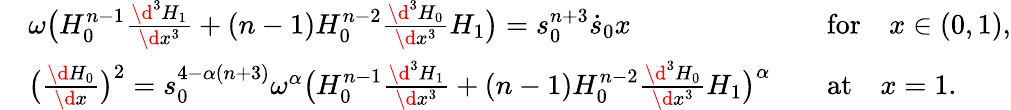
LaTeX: \begin{array}{rlrl}&{\omega\big(H_{0}^{n-1}\frac{\d^{3}H_{1}}{\d x^{3}}+(n-1)H_{0}^{n-2}\frac{\d^{3}H_{0}}{\d x^{3}}H_{1}\big)=s_{0}^{n+3}\dot{s}_{0}x}&&{\mathrm{for}\quad x\in(0,1),}\\ &{\big(\frac{\d H_{0}}{\d x}\big)^{2}=s_{0}^{4-\alpha(n+3)}\omega^{\alpha}\big(H_{0}^{n-1}\frac{\d^{3}H_{1}}{\d x^{3}}+(n-1)H_{0}^{n-2}\frac{\d^{3}H_{0}}{\d x^{3}}H_{1}\big)^{\alpha}}&&{\mathrm{at}\quad x=1.}\end{array}